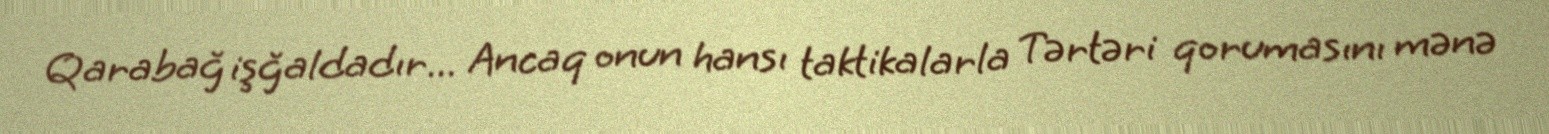
Qarabağ işğaldadır... Ancaq onun hansı taktikalarla Tərtəri qorumasını mənə